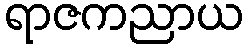
ရာဇကညာယ